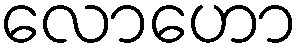
လောဟော